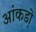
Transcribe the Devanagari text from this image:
आंकडो़